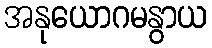
အနုယောဂမနွာယ